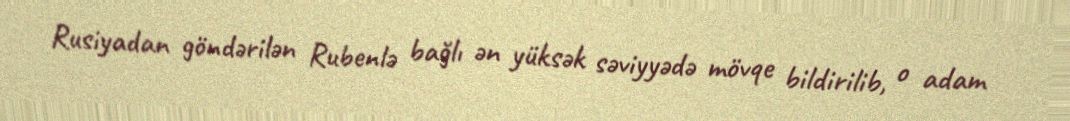
Rusiyadan göndərilən Rubenlə bağlı ən yüksək səviyyədə mövqe bildirilib, o adam